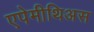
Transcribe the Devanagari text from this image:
एपेमीथिअस